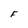
Character: F